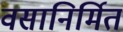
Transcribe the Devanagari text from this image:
वसानिर्मित